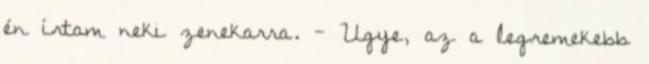
én írtam neki zenekarra. - Ugye, az a legremekebb